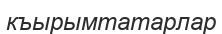
къырымтатарлар